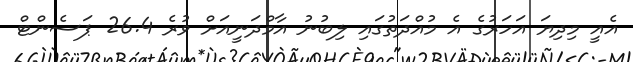
އެއީ މިދިޔަ އަހަރުގެ އެ މުއްދަތުގައި ލިބުނު އާމްދަނީއަށް ވުރެ 26.4 ޕަސެންޓް